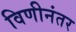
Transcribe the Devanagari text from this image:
विणीनंतर